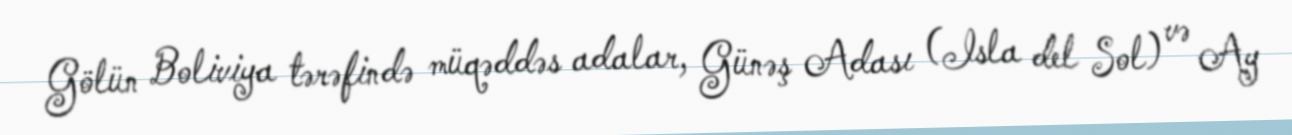
Gölün Boliviya tərəfində müqəddəs adalar, Günəş Adası (Isla del Sol) və Ay